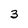
Character: 3